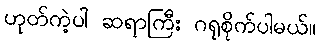
ဟုတ်ကဲ့ပါ ဆရာကြီး ဂရုစိုက်ပါမယ်။